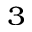
^ 3